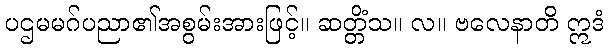
ပဌမမဂ်ပညာ၏အစွမ်းအားဖြင့်။ ဆတ္တိံသ။ လ။ ဗလေနာတိ ဣဒံ